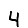
Digit: 4